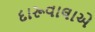
દારૂવાલાએ